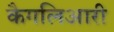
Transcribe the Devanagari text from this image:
कैगलिआरी